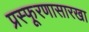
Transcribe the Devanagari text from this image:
प्रस्फूरणासारखा